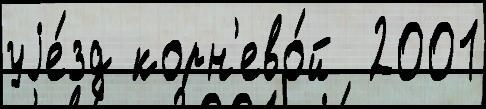
уjе́зд корн'ево́й  2001